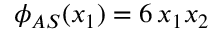
\phi _ { A S } ( x _ { 1 } ) = 6 \, x _ { 1 } x _ { 2 }